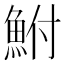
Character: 鮒